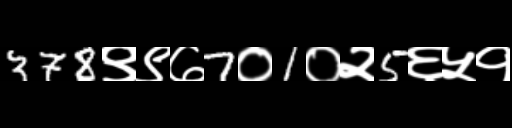
Text: 378९९७7०1०२5६५१